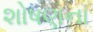
શોષણના